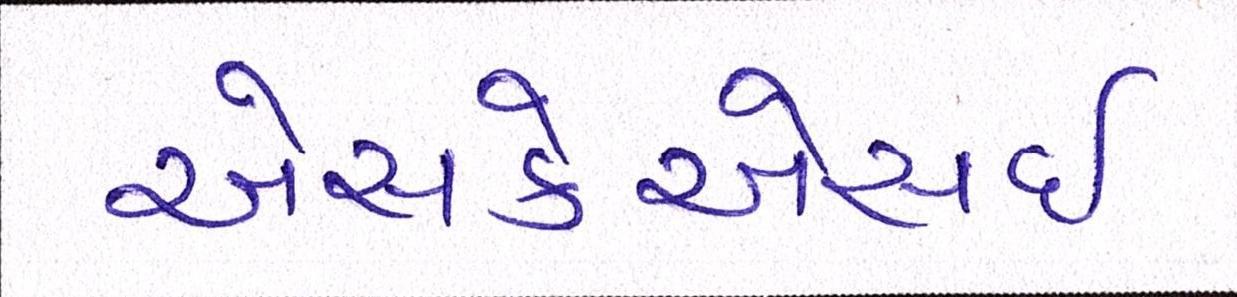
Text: એસકેએસઈ